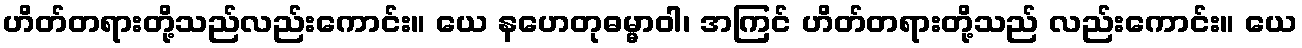
ဟိတ်တရားတို့သည်လည်းကောင်း။ ယေ နဟေတုဓမ္မာဝါ၊ အကြင် ဟိတ်တရားတို့သည် လည်းကောင်း။ ယေ